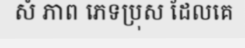
សំ ភាព ភេទប្រុស ដែលគេ